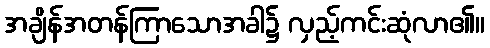
အချိန်အတန်ကြာသောအခါ၌ လှည့်ကင်းဆုံလာ၏။